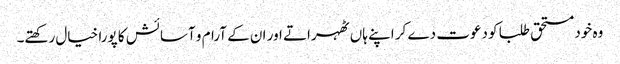
وہ خود مستحق طلبا کو دعوت دے کر اپنے ہاں ٹھہراتے اور ان کے آرام و آسائش کا پورا خیال رکھتے۔